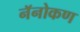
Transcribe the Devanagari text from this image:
नॅनोकण